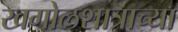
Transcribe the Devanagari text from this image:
खगोलशात्राच्या